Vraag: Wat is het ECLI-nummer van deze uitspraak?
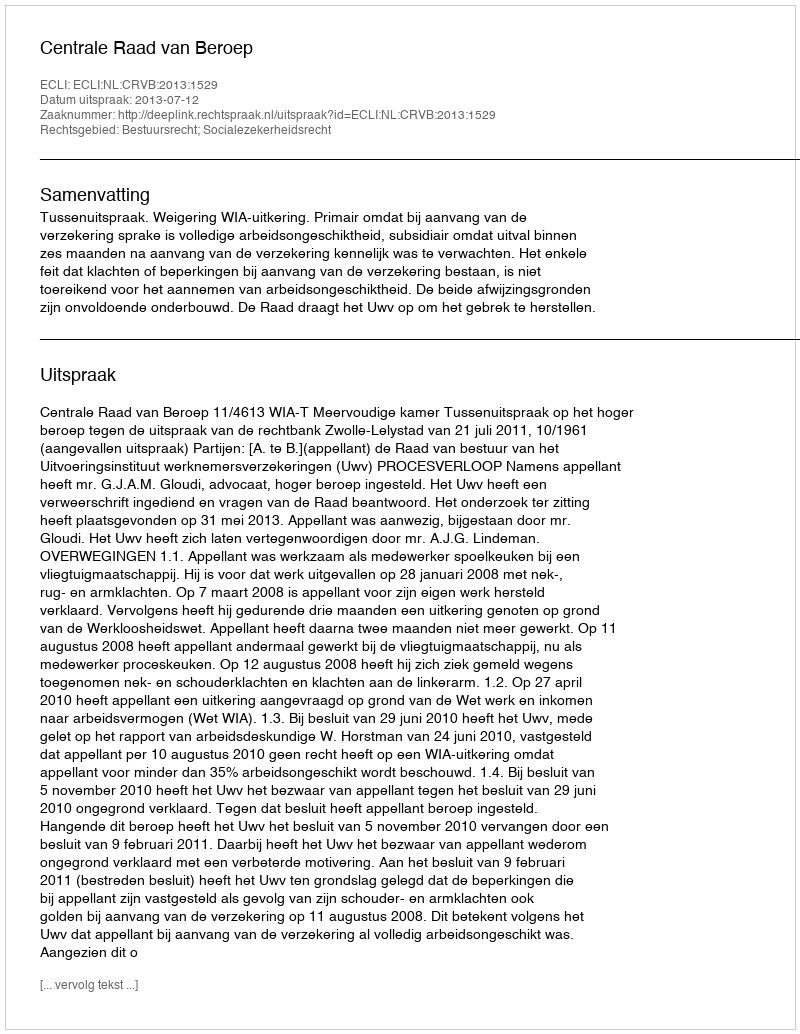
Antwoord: ECLI:NL:CRVB:2013:1529